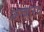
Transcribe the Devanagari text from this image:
आचारंव